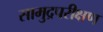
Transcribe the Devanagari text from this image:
सामुद्रपरीक्षण